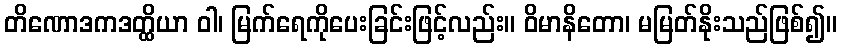
တိဏောဒကဒတ္ထိယာ ဝါ၊ မြက်ရေကိုပေးခြင်းဖြင့်လည်း။ ဝိမာနိတော၊ မမြတ်နိုးသည်ဖြစ်၍။